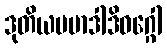
ဒုတိယပမာဒါဒိဝဂ္ဂေါ